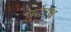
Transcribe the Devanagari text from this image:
कुटाश्च